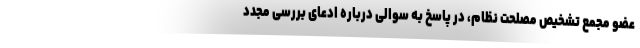
عضو مجمع تشخیص مصلحت نظام، در پاسخ به سوالی درباره ادعای بررسی مجدد